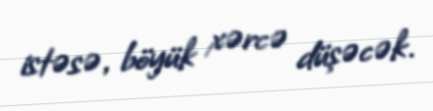
istəsə, böyük xərcə düşəcək.